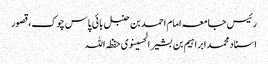
رئیس جامعہ امام احمد بن حنبل بائی پاس چوک،قصور
اسناد محمدابراہیم بن بشیر الحسینوی حفظہ اللہ